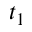
t _ { 1 }